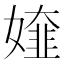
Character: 𡡰